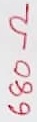
Text: 680Ω